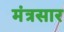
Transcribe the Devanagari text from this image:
मंत्रसार